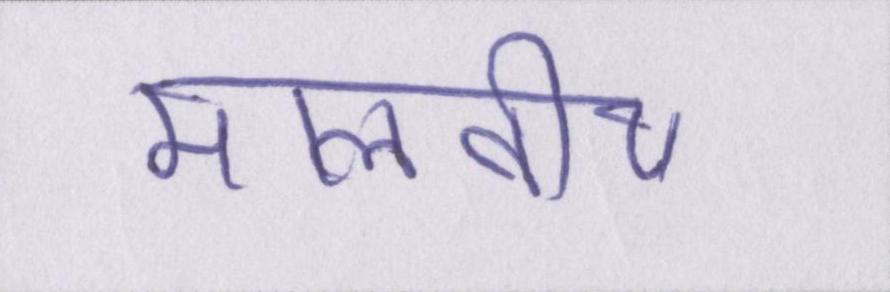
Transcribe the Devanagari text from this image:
मालवीय